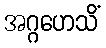
အဂ္ဂဟေသိံ